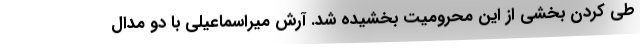
طی کردن بخشی از این محرومیت بخشیده شد. آرش میراسماعیلی با دو مدال